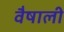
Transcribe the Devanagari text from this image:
वैषाली